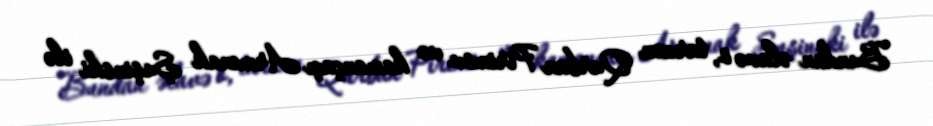
Bundan əlavə o, tarzən Qurban Pirimov və kamançaçı Armenak Şuşinski ilə